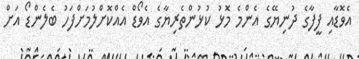
އެވޮޑާއި ފީފާގެ ދުނިޔޭގެ އެންމެ މޮޅު ކުޅުންތެރިޔާގެ އެވޯޑް އެއްކޮށްލުމަށްފަހު ބެލެންޑޯ އަށް